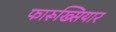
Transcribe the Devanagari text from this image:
फारूख्सियार